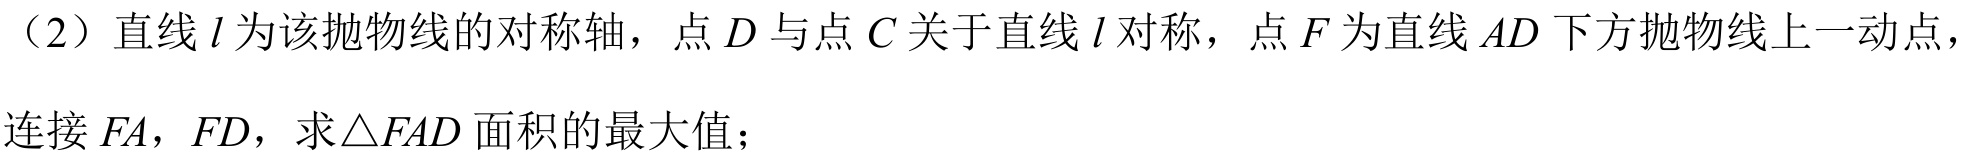
（2）直线\(l\)为该抛物线的对称轴，点\(D\)与点\(C\)关于直线\(l\)对称，点\(F\)为直线\(AD\)下方抛物线上一动点，连接\(FA\)，\(FD\)，求\(\triangle FAD\)面积的最大值；